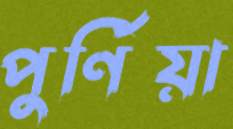
পুর্ণিয়া